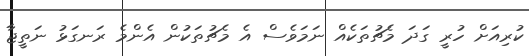
ކުރިއަށް ހުރީ ގަދަ މެޗުތަކެއް ނަމަވެސް އެ މެޗުތަކުން އެންމެ ރަނގަޅު ނަތީޖާ